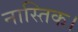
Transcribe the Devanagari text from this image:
नास्तिक।